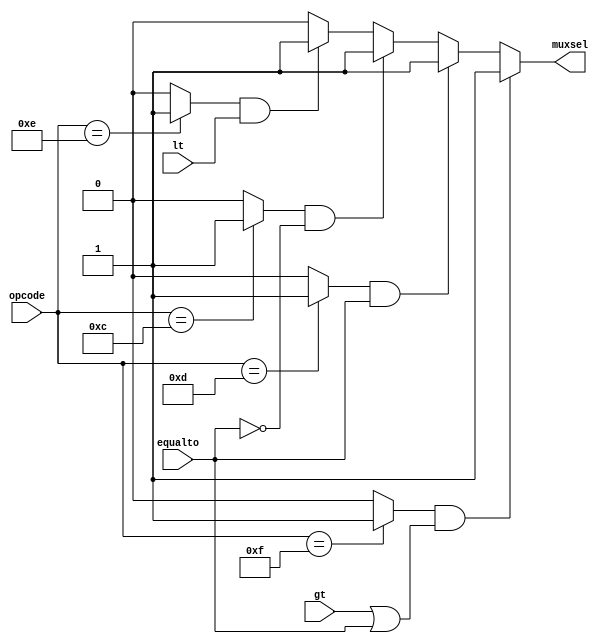
module branchLogic(equalto, lt, gt, opcode, muxsel); 

input equalto, lt, gt;
input [4:0] opcode;
output muxsel;

wire BGEZtrue, BEQZtrue, BLTZtrue, BNEZtrue;

assign BGEZtrue = (opcode == 5'b01111) ? 1'b1 : 1'b0;
assign BEQZtrue = (opcode == 5'b01101) ? 1'b1 : 1'b0;
assign BLTZtrue = (opcode == 5'b01110) ? 1'b1 : 1'b0;
assign BNEZtrue = (opcode == 5'b01100) ? 1'b1 : 1'b0;

assign muxsel = (BGEZtrue & (gt | equalto)) ? 1'b1 :
		((BEQZtrue & equalto) ? 1'b1 :
		((BNEZtrue & (~equalto)) ? 1'b1 :
		((BLTZtrue & lt) ? 1'b1 :
		1'b0)));

endmodule